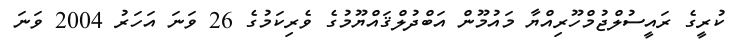
ކުރީގެ ރައީސުލްޖުމްހޫރިއްޔާ މައުމޫން އަބްދުލްޤައްޔޫމުގެ ވެރިކަމުގެ 26 ވަނަ އަހަރު 2004 ވަނަ